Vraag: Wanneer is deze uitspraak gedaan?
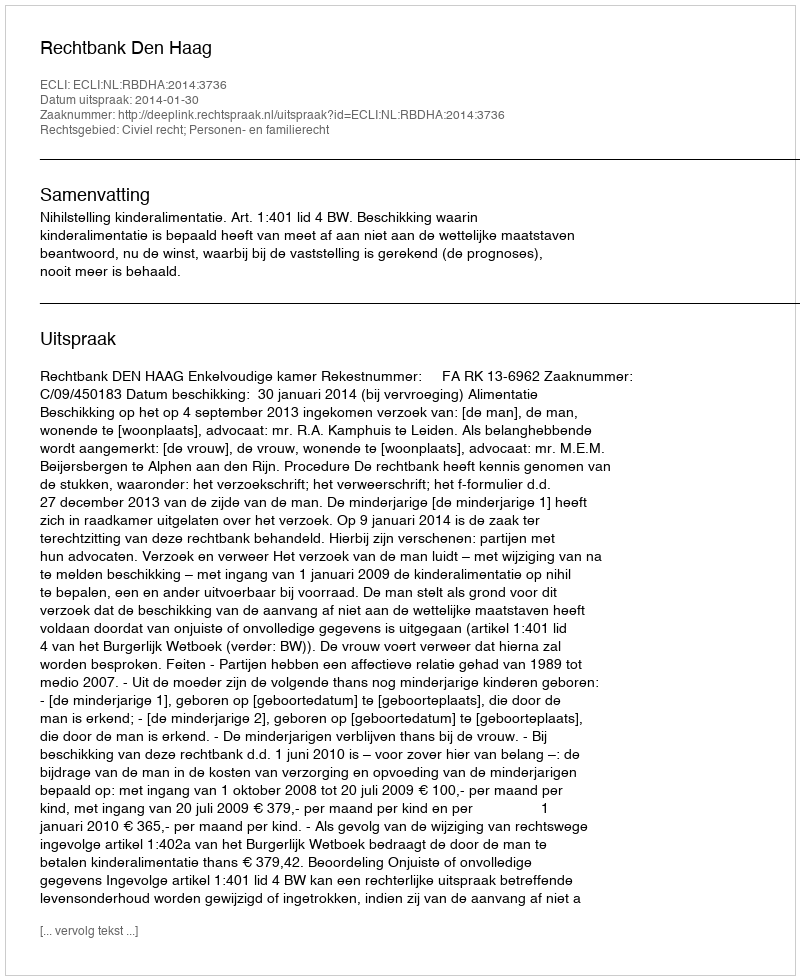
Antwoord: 2014-01-30